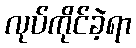
လုပ်ကိုင်ခဲ့ရာ